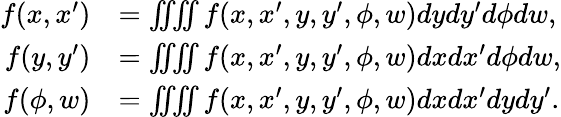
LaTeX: \begin{array}{rl}{f(x,x^{\prime})}&{=\iiiint f(x,x^{\prime},y,y^{\prime},\phi,w){dy}{dy^{\prime}}{d\phi}{dw},}\\ {f(y,y^{\prime})}&{=\iiiint f(x,x^{\prime},y,y^{\prime},\phi,w){dx}{dx^{\prime}}{d\phi}{dw},}\\ {f(\phi,w)}&{=\iiiint f(x,x^{\prime},y,y^{\prime},\phi,w){dx}{dx^{\prime}}{dy}{dy^{\prime}}.}\end{array}